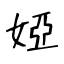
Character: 婭